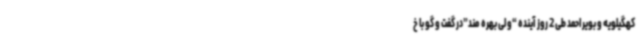
کهگیلویه و بویراحمد طی 2 روز آینده “ولی بهره مند”در گفت و گو با خ